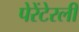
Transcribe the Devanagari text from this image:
पेरेंटेरली